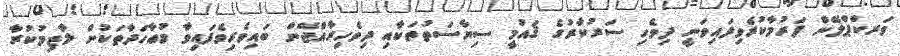
ވަރކްޕްލޭން ފަރުމާކުރެވިފައިވަނީ ދިވެހި ސަރުކާރުގެ ޤައުމީ ސިޔާސަތުތަކާއި ދިވެހިރާއްޖޭން ބައިވެރިވެފައިވާ މުޢާހަދާތަކުން ލާޒިމުކުރާ